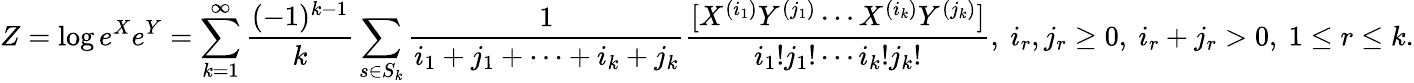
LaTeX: Z=\log e^{X}e^{Y}=\sum_{k=1}^{\infty}{\frac{(-1)^{k-1}}{k}}\sum_{s\in S_{k}}{\frac{1}{i_{1}+j_{1}+\cdots+i_{k}+j_{k}}}{\frac{[X^{(i_{1})}Y^{(j_{1})}\cdots X^{(i_{k})}Y^{(j_{k})}]}{i_{1}!j_{1}!\cdots i_{k}!j_{k}!}},~i_{r},j_{r}\geq 0,~i_{r}+j_{r}>0,~1\leq r\leq k.